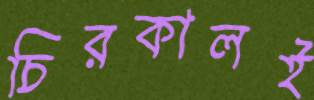
চিরকালই